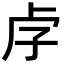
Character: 𡥋